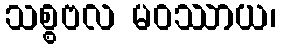
သစ္စဗလ မဝဿာယ၊